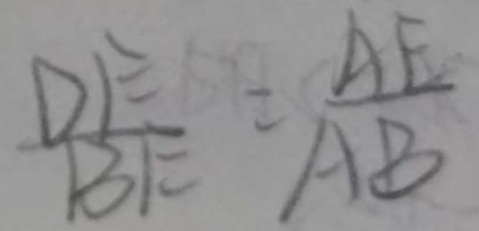
\frac { D E } { B E } = \frac { A E } { A B }